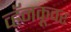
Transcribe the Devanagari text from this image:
व्हॅनकूवर